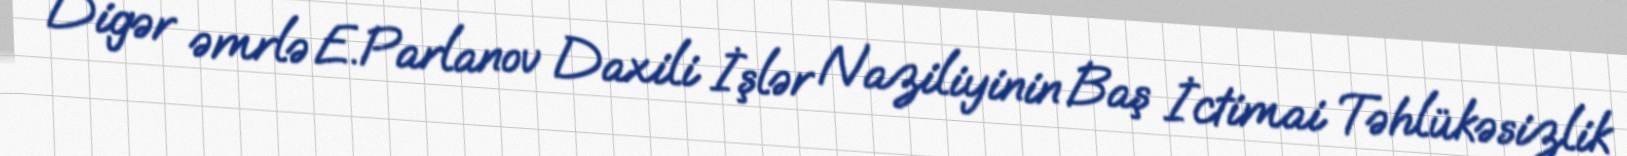
Digər əmrlə E.Parlanov Daxili İşlər Naziliyinin Baş İctimai Təhlükəsizlik